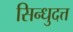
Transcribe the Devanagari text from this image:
सिन्धुदत्त